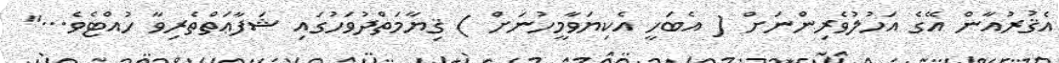
އެޤުރުއާން އޭގެ އަހުލުވެރިންނަށް ( އެބަހީ އެކިޔަވާމީހުނަށް ) ޤިޔާމަތްދުވަހުގައި ޝަފާޢަތްތެރިވާ ހުއްޓެވެ..."